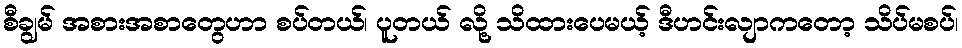
စီချွမ် အစားအစာတွေဟာ စပ်တယ်၊ ပူတယ် လို့ သိထားပေမယ့် ဒီဟင်းလျာကတော့ သိပ်မစပ်၊